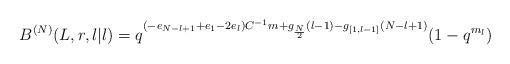
LaTeX: \begin{align*}B^{(N)}(L,r,l|l)=q^{(-e_{N-l+1}+e_1-2e_l)C^{-1}m+g_{\frac{N}{2}}(l-1) -g_{[1,l-1]}(N-l+1)}(1-q^{m_l})\end{align*}